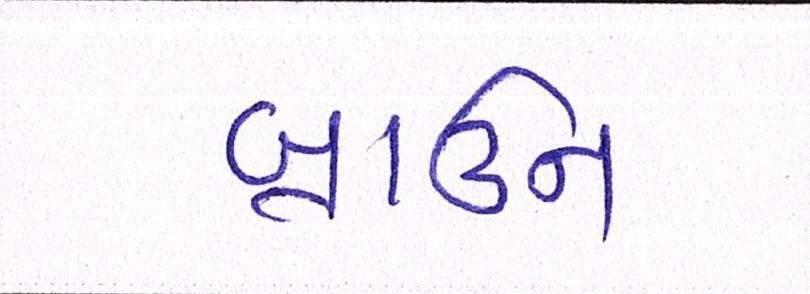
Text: બ્રાઉન